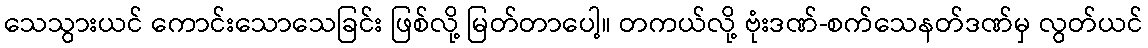
သေသွားယင် ကောင်းသောသေခြင်း ဖြစ်လို့ မြတ်တာပေါ့။ တကယ်လို့ ဗုံးဒဏ်-စက်သေနတ်ဒဏ်မှ လွတ်ယင်